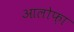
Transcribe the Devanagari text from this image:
आलोफ़ा